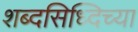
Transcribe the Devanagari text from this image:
शब्दसिध्दिच्या